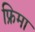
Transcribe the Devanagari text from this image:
फ्रिमा